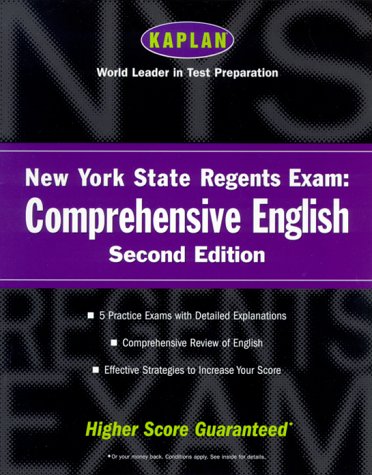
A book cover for Kaplan New York State Regents Exam: Comprehensive English, Second Edition; Kaplan; Test Preparation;